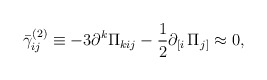
\begin{align*}\bar \gamma _{ij}^{(2)}\equiv -3\partial ^k\Pi _{kij}-\frac12\partial _{\left[ i\right. }\Pi _{\left. j\right] }\approx 0,\end{align*}